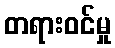
တရားဝင်မှု